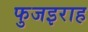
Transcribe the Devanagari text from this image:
फुजइराह